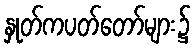
နှုတ်ကပတ်တော်များ၌